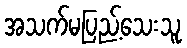
အသက်မပြည့်သေးသူ